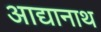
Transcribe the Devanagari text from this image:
आद्यानाथ